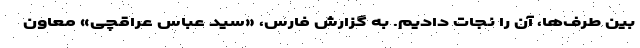
بین طرف‌ها، آن را نجات دادیم. به گزارش فارس، «سید عباس عراقچی» معاون